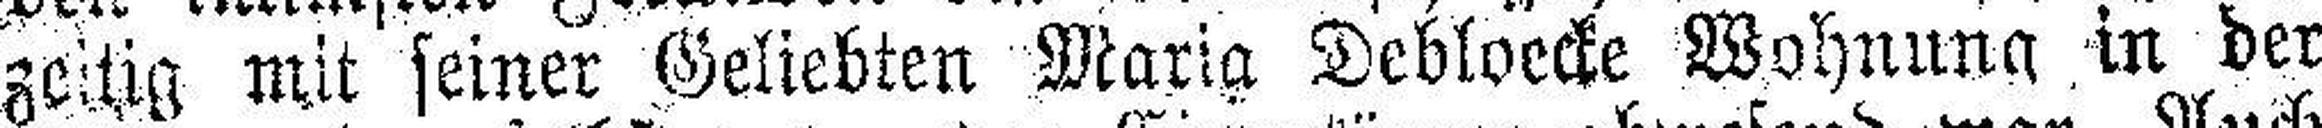
zeitig mit seiner Geliebten Maria Debloecke Wohnung in der